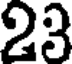
23